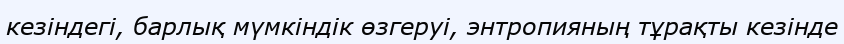
кезіндегі, барлық мүмкіндік өзгеруі, энтропияның тұрақты кезінде